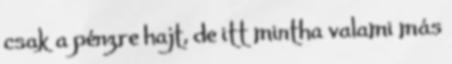
csak a pénzre hajt, de itt mintha valami más